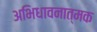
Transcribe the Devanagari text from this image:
अभिधावनात्मक